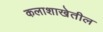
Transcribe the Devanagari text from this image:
कलाशाखेतील